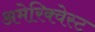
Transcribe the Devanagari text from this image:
अमेरिक्वेस्ट